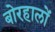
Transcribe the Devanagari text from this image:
बोरहालों